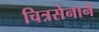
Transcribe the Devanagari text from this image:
चित्रसेनाने